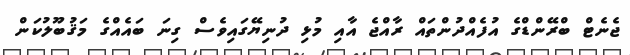
ޖެނެޓް ބްރޭންޑްގެ އުފެއްދުންތައް ރާއްޖެ އާއި މުޅި ދުނިޔޭގައިވެސް ގިނަ ބައެއްގެ މަޤުބޫލުކަން